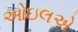
ઓઇલએ